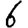
Digit: 6